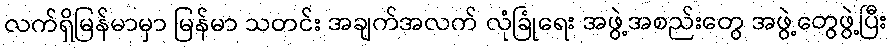
လက်ရှိမြန်မာမှာ မြန်မာ သတင်း အချက်အလက် လုံခြုံရေး အဖွဲ့အစည်းတွေ အဖွဲ့တွေဖွဲ့ပြီး